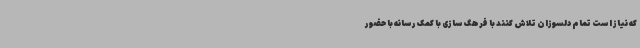
که نیاز است تمام دلسوزان تلاش کنند با فرهگ سازی با کمک رسانه با حضور